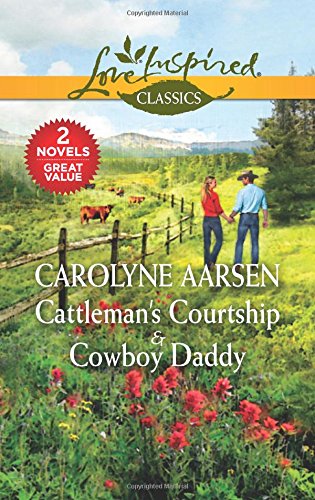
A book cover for Cattleman's Courtship & Cowboy Daddy (Love Inspired Classics); Carolyne Aarsen; Religion & Spirituality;